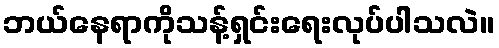
ဘယ်နေရာကိုသန့်ရှင်းရေးလုပ်ပါသလဲ။